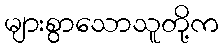
များစွာသောသူတို့က